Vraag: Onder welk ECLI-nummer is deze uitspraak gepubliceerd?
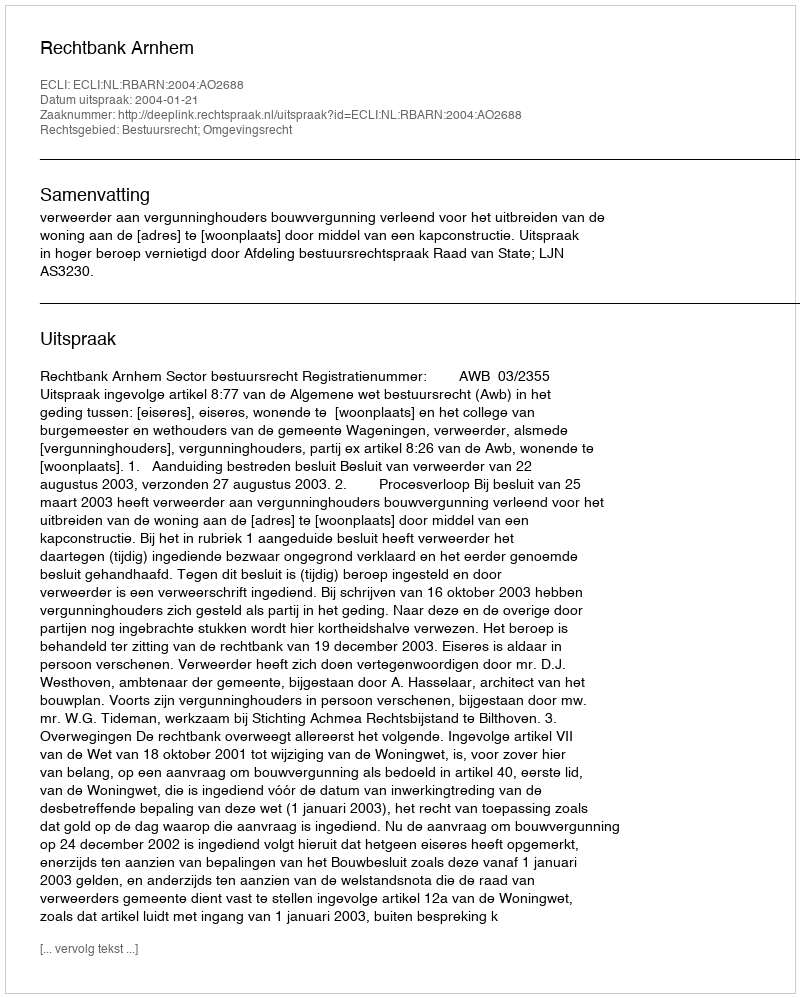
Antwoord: ECLI:NL:RBARN:2004:AO2688